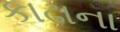
કાઢાના